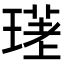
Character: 𤨛